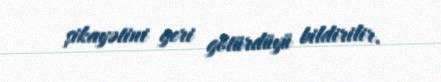
şikayətini geri götürdüyü bildirilir.